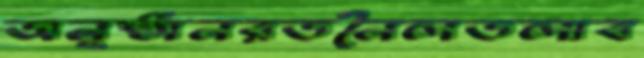
অনুষ্ঠানরতনৈলতলাব